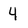
Character: 4